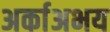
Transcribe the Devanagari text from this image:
अर्काअभय